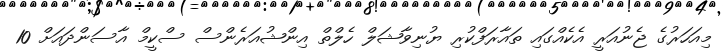
މިއަހަރުގެ ޖެނުއަރީ އެކެއްގައި ތައާރަފްކުރި ޔުނިވާޝަލް ހެލްތް އިންޝުއަރެންސް ސްކީމް އާސަންދައަށް 10